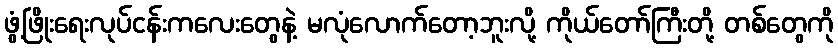
ဖွံ့ဖြိုးရေးလုပ်ငန်းကလေးတွေနဲ့ မလုံလောက်တော့ဘူးလို့ ကိုယ်တော်ကြီးတို့ တစ်တွေကို